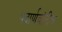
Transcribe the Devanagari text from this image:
पदार्णवांतील